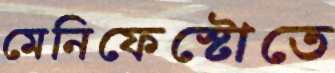
মেনিফেস্টোতে